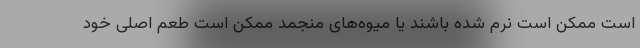
است ممکن است نرم شده باشند یا میوه‌های منجمد ممکن است طعم اصلی خود